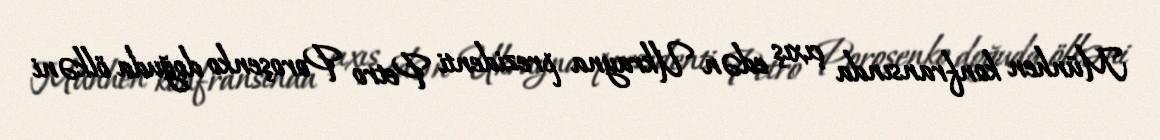
Münhen konfransında çıxış edən Ukrayna prezidenti Petro Poroşenko doğuda ölkəni